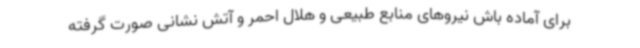
برای آماده باش نیروهای منابع طبیعی و هلال احمر و آتش نشانی صورت گرفته